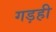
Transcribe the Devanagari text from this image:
गड़ही